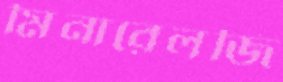
মিনারেলজি